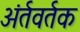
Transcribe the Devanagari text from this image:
अंर्तवर्तक